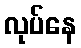
လုပ်နေ